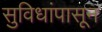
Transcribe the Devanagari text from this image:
सुविधांपासून